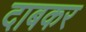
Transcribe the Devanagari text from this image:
दाबकर